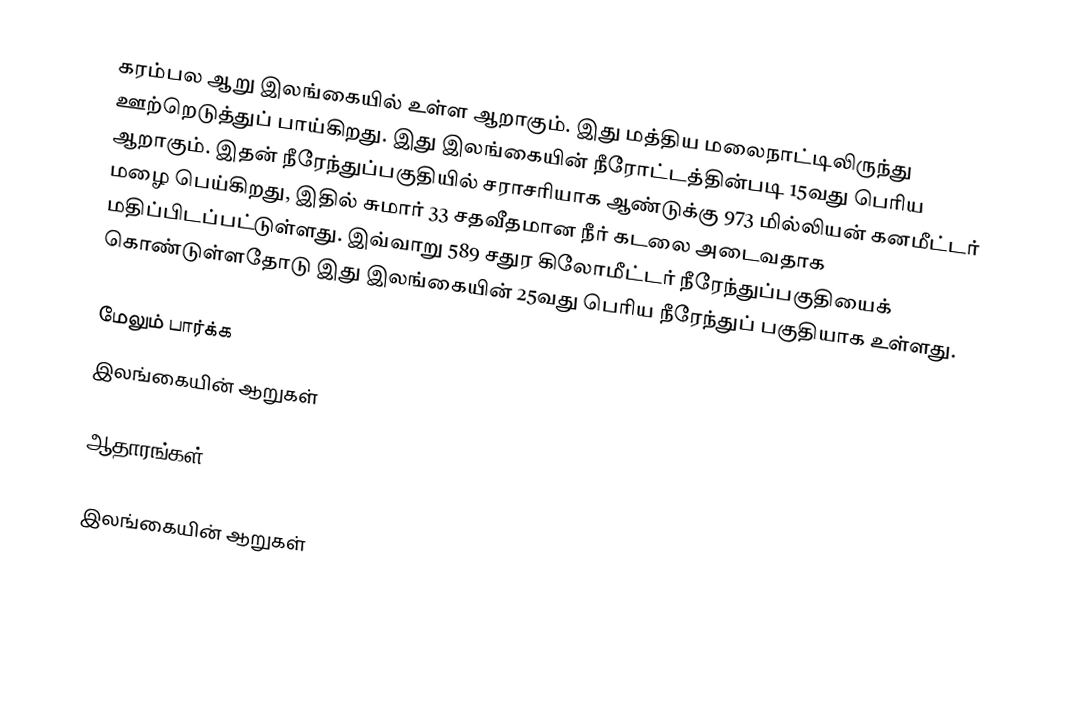
கரம்பல ஆறு இலங்கையில் உள்ள ஆறாகும். இது மத்திய மலைநாட்டிலிருந்து ஊற்றெடுத்துப் பாய்கிறது. இது இலங்கையின் நீரோட்டத்தின்படி  15வது பெரிய  ஆறாகும். இதன் நீரேந்துப்பகுதியில் சராசரியாக ஆண்டுக்கு 973 மில்லியன் கனமீட்டர் மழை பெய்கிறது, இதில் சுமார் 33 சதவீதமான நீர் கடலை அடைவதாக மதிப்பிடப்பட்டுள்ளது. இவ்வாறு 589 சதுர கிலோமீட்டர் நீரேந்துப்பகுதியைக் கொண்டுள்ளதோடு இது இலங்கையின் 25வது பெரிய நீரேந்துப் பகுதியாக உள்ளது.

மேலும் பார்க்க
 இலங்கையின் ஆறுகள்

ஆதாரங்கள்

இலங்கையின் ஆறுகள்